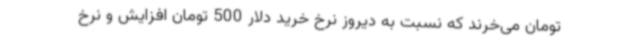
تومان می‌خرند که نسبت به دیروز نرخ خرید دلار 500 تومان افزایش و نرخ